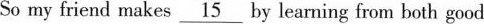
So my friend makes \underline{15} by learning from both good